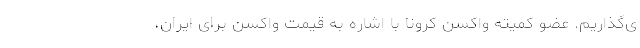
ی‌گذاریم. عضو کمیته واکسن کرونا با اشاره به قیمت واکسن برای ایران،